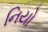
નિયો